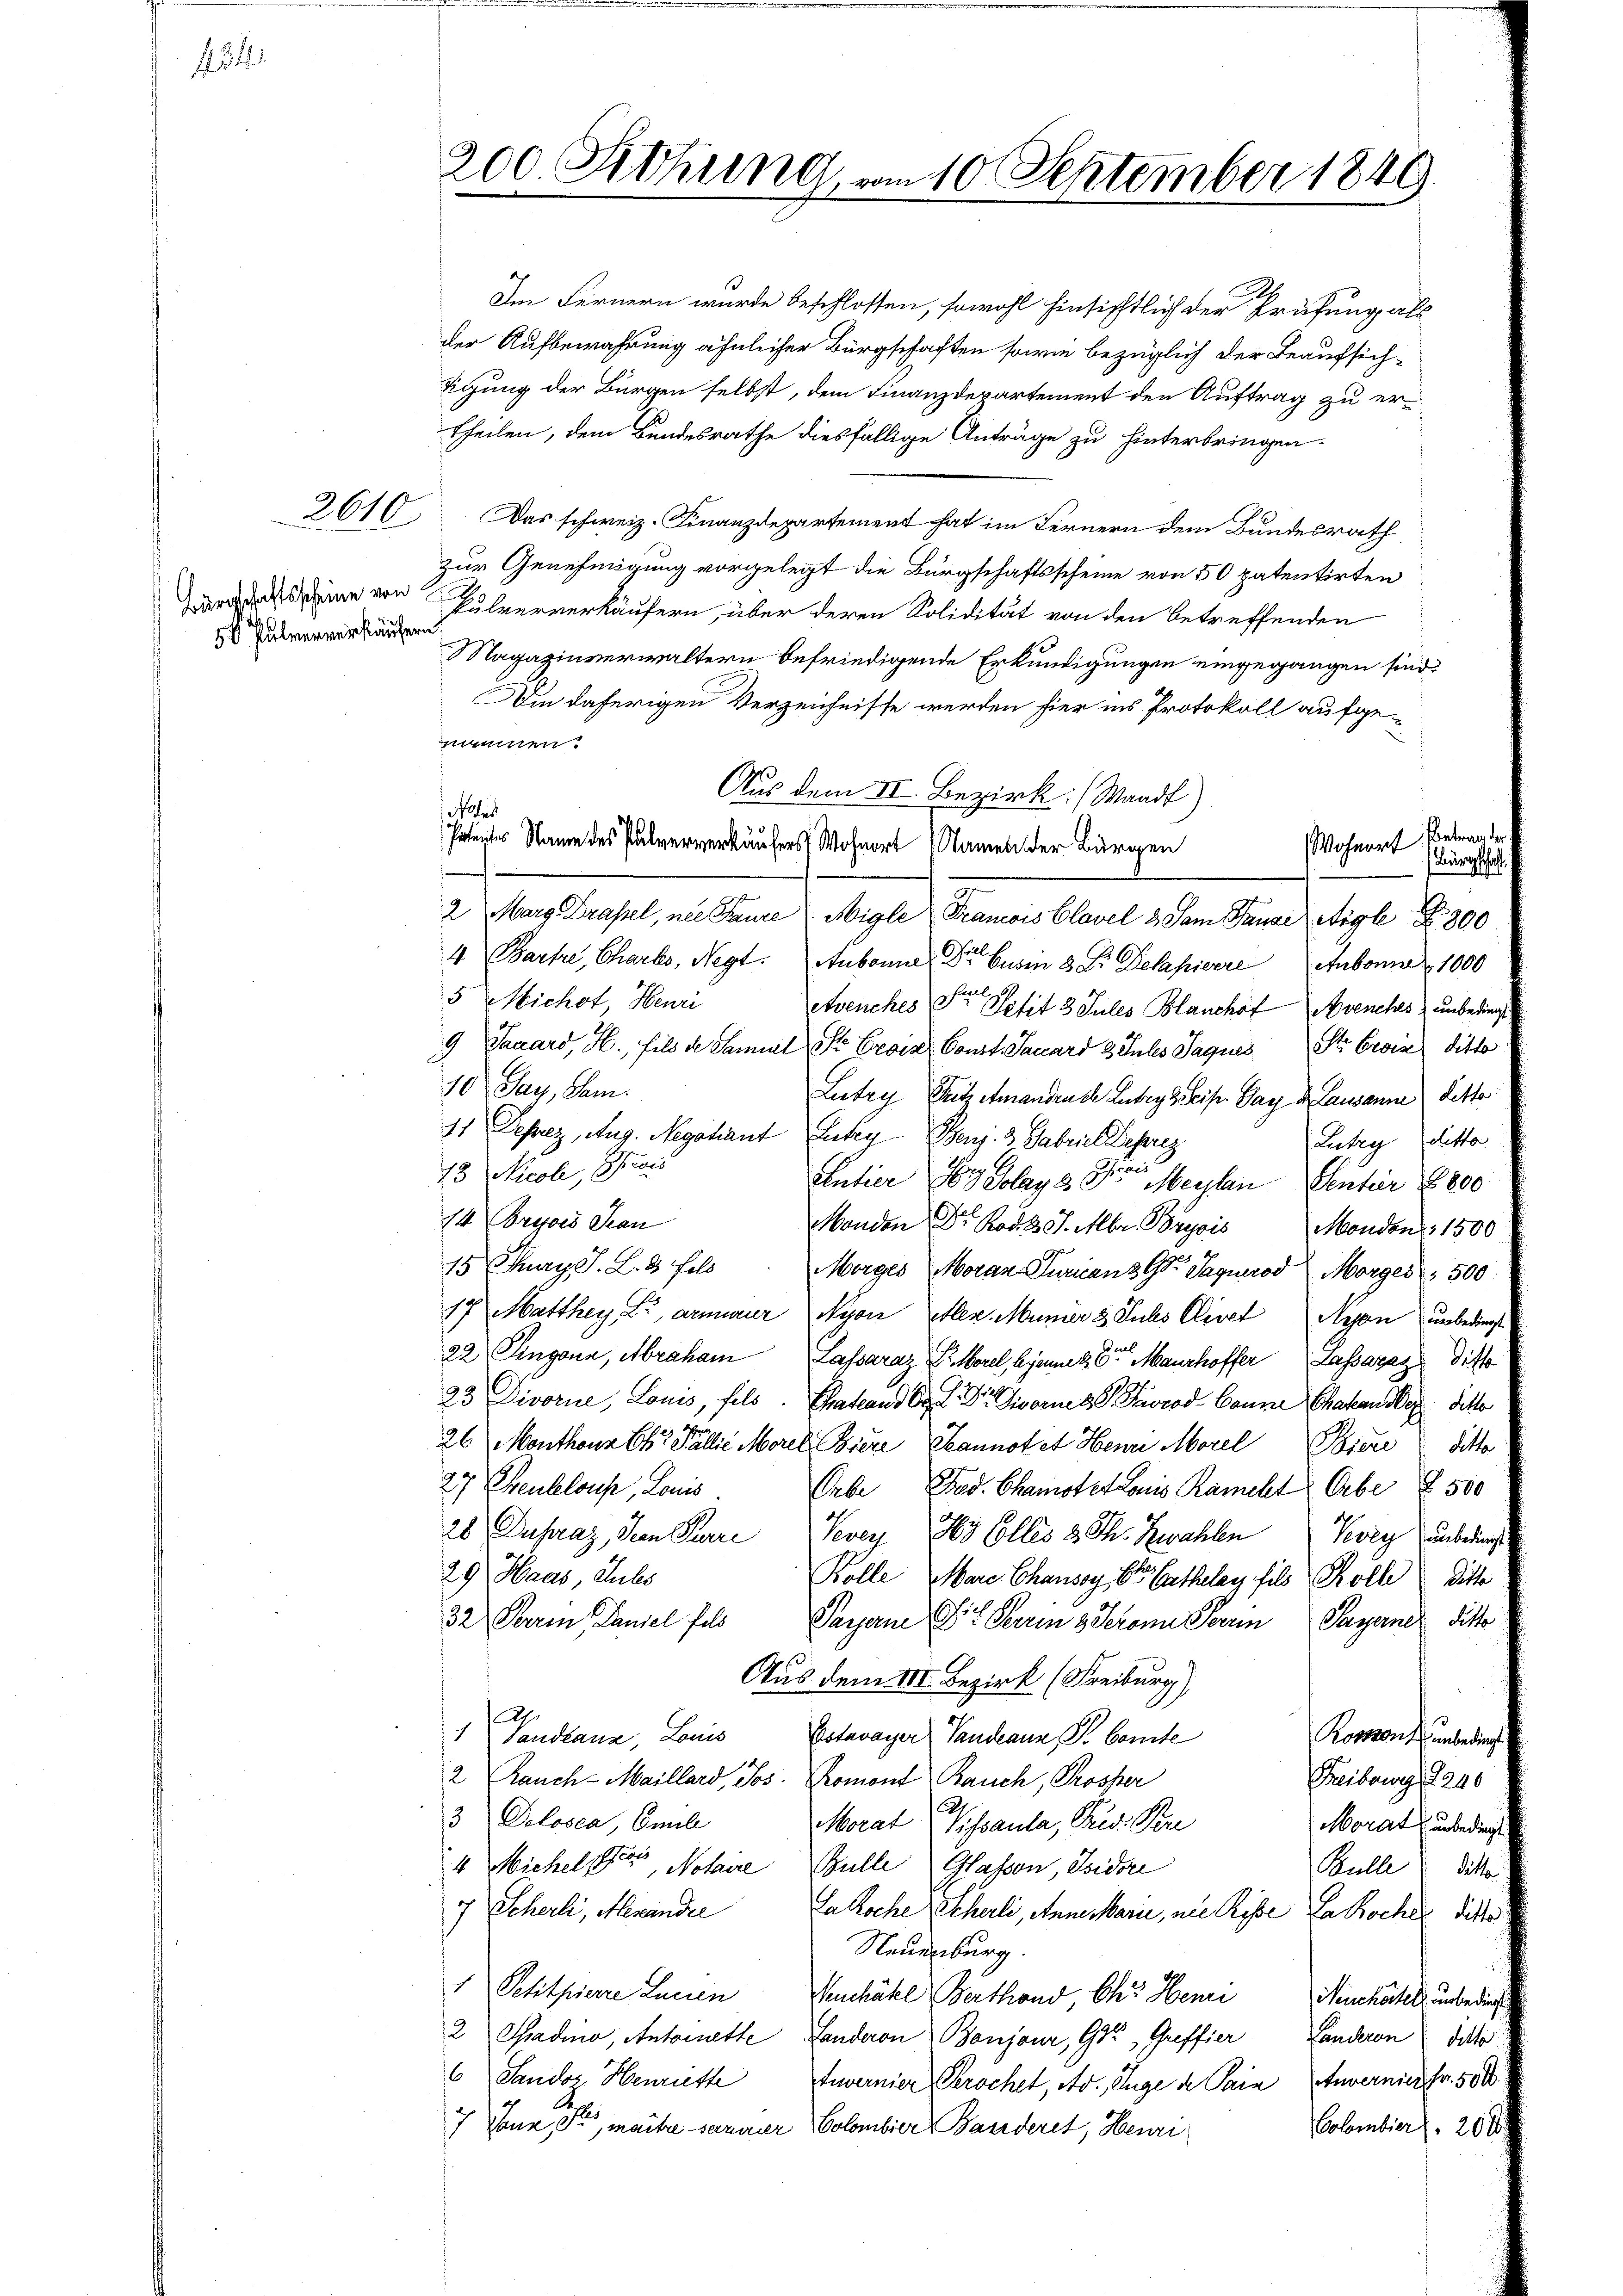
434

2610

5v Pulververkäufern

200. Sitzung,

tigung der Bürgen selbst, dem Finanzdepartement den Auftrag zu ertheilen, dem Bundesrathe diesfällige Anträge zu hinterbringen.
Das schweiz. Finanzdepartement hat im Fernern dem Bundesrath
zur Genehmigung vorgelegt die Bürgschaftsscheine von 50 patentirten
wer das eine von Helververkäufern, über deren Solidität von den betreffenden
Nagazinverwaltern befriedigende Erkundigungen eingegangen sind.
Am daherigen Verzeichnisse werden hier ins Protokoll aufgenommen.
Aus dem II. Bezirk ( Waadt)
Wohnorf, Betrag der
Patentes Naum des Pulververkäufers Wohnort (Namen der Bürgen
ungschaft
2 Marg. Drassel, nie Paure Migle Francois Clavel & Sam Tanze Aigle 8 800
4 Bartre, Charts, Negt. Aubonne der Gesin 3 Fr. Dekapierre Aubonne 1000
s
5 Michot Heuri
etvenches der Petit 3 Jules Blanchof Avenches unbedingt
9 Sauard, H., fils de Samuel St. Croix Const. Jauard 8 Jules Jaques St. Croix ditto
10 Tag, Sam
Leetry Fritz emandruch Lutry 3 leis Gay der Lausanne dette
12 Depez, Aug. Negotiant Lutry. Benz. 3. Gabriel Lehrez
Lubey doitto.
13 Nech, Stan
Antier 3 Polay 8. Der Meylen Sentir 800
14 Cryois Stan
Monden Dr Rod. J. Mbr. Bryois Mondon 1500
B
15 Thury S. L. 3 fels
Morges Moran Turicanz G. Sagerod Morger 500
17 Matthey, L., armerer Nyon Etten. Mumier 3 Julis Clevet Nyon unbedingst
22 Eingana, Abraham Lassaraz Florel, bien der Maurhoffer Lassaraz dicto
23 Divorne, Louis, fels. Thatland Sr. Dr vornes St. Gorod bonne Ehehause deto
26 Monthons Chr. Fallie Morel Biere Pannotet Herr Morel Pioni u ditto
27 Benkeloup, Louis
Erbe Fed. Chamste Louis Kamelt Erbe § 500
28 Dupraz, dem Starre Vevey 3 Colles 3. Th. Zahlen Vevey unbedings
29. Haas, Subs
Rolle, Mare Chausey St. Cathelay fils Köll Ditte
32 Perren Laniel fals Paran Sr. Darin geleron Sein Payerne Sitte
Aus dem III. Bezirk (Freiburg),
1 Vandtana, Louis Estavayer Vandeann P. Comte
Konsens unbedingt.
2 Rauch-Maillard, Jos. Romont Bauch, Prosper
Freibowa, 246
3 Polosca, Emili
Morat Pissaula, Prid. Per
Morat unbedingt
4 Michelser, Notaire, Bülle Glassen, Isidore
Bulle Sitte
7 Scherli, Alexandel
Lakoche Scherli, Annemari, nie Röse Lakocher die
Neuenburg
1 Petitpierre Leuen Neuchäke Berthand, Chr. Henri
Neuchartel, unbedienst
2 Sadino, Antoinette Landeron Banjour, Gr. Greffier Landeron Sitte
6 Sandoz Henriette Envernier Perochet, Av. Enge de Pain Anvernier Fr. 500.
olombier 20 %
7 Vnr, die, maitre sarerer Colombier Banderet, Henri

Noter

10 September 1849.

Im Fernern wurde beschlossen, sowohl hinsichtlich der Prüfung als
der Aufbewahrung ähnlicher Bürgschaften sowie bezüglich der Beaufsich¬